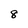
Character: 8